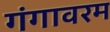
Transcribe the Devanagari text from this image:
गंगावरम